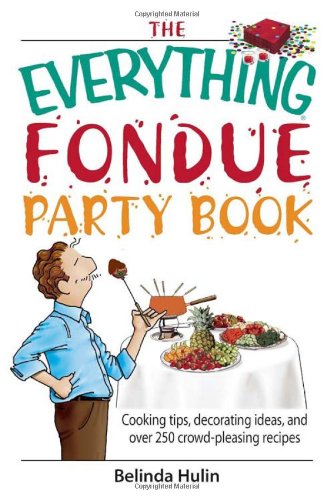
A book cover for The Everything Fondue Party Book: Cooking Tips, Decorating Ideas, And over 250 Crowd-pleasing Recipes; Belinda Hulin; Cookbooks, Food & Wine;